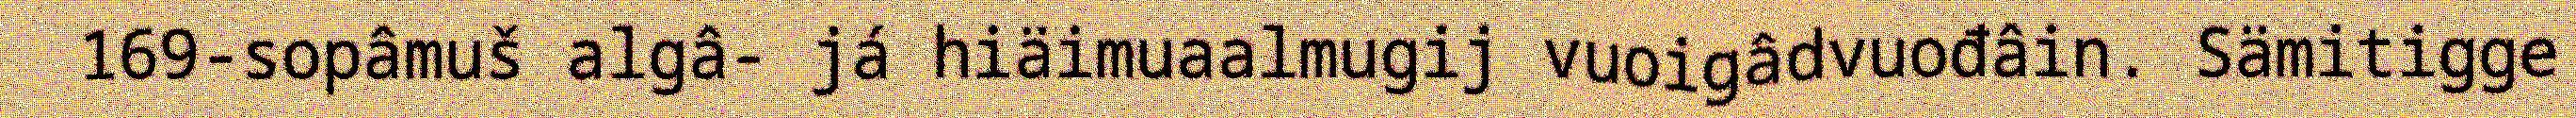
169-sopâmuš algâ- já hiäimuaalmugij vuoigâdvuođâin. Sämitigge